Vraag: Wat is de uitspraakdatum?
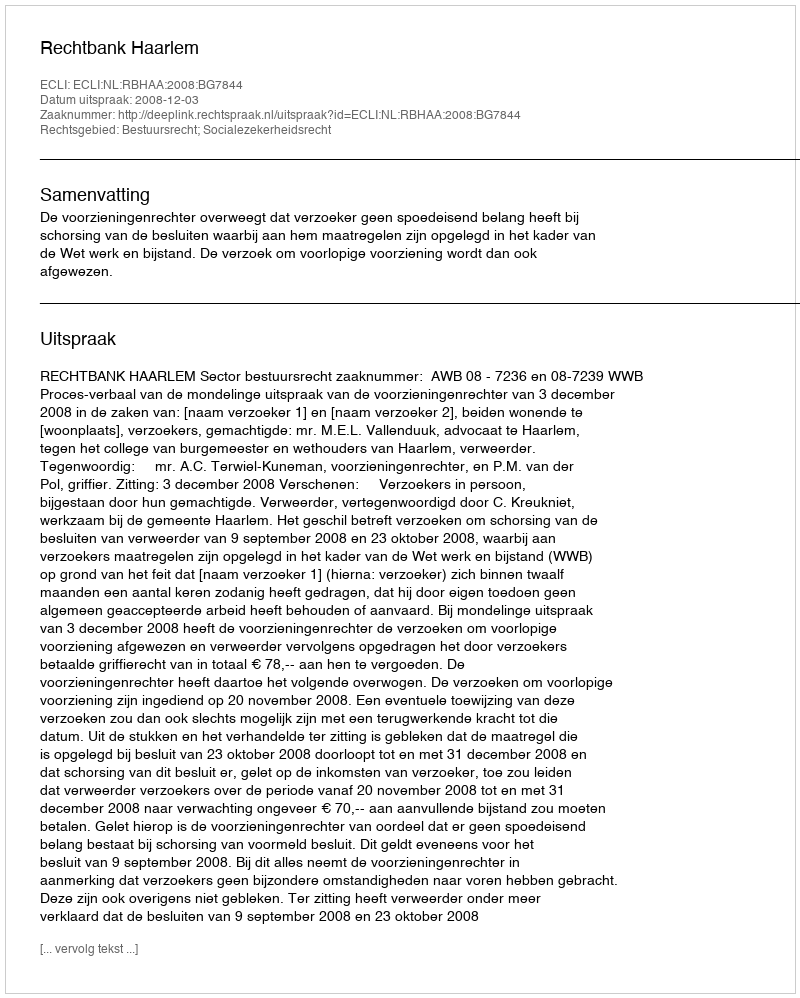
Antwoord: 2008-12-03